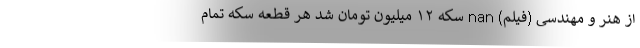
از هنر و مهندسی (فیلم) nan سکه ۱۲ میلیون تومان شد هر قطعه سکه تمام